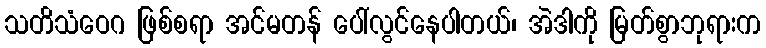
သတိသံဝေဂ ဖြစ်စရာ အင်မတန် ပေါ်လွင်နေပါတယ်၊ အဲဒါကို မြတ်စွာဘုရားက